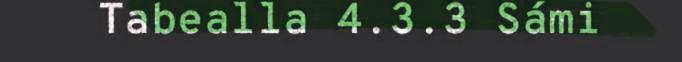
Tabealla 4.3.3 Sámi